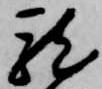
龍